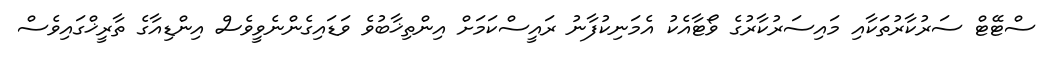
ސްޓޭޓް ސަރުކާރުތަކާއި މައިސަރުކާރުގެ ވޯޓާއެކު އެމަނިކުފާނު ރައީސްކަމަށް އިންތިޚާބުވެ ވަޑައިގެންނެވީވެސް އިންޑިއާގެ ތާރީޚްގައިވެސް